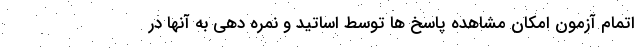
اتمام آزمون امکان مشاهده پاسخ ها توسط اساتید و نمره دهی به آنها در